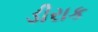
ડીરાક